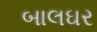
બાલઘર